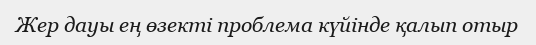
Жер дауы ең өзекті проблема күйінде қалып отыр